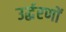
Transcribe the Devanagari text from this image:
उर्द्धरणों